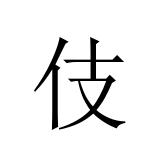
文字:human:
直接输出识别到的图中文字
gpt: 伎